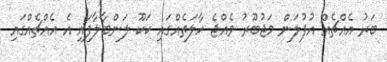
ބަރު އެއްޗެއް އުފުލަން މަޖުބޫރު ވެއްޖެ ހާލަތެއްގައި ކަކޫ ލަންބާލާފައި އެ އެއްޗެއްގައި